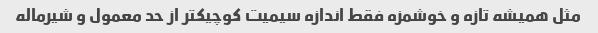
مثل همیشه تازه و خوشمزه فقط اندازه سیمیت کوچیکتر از حد معمول و شیرماله